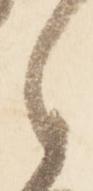
之